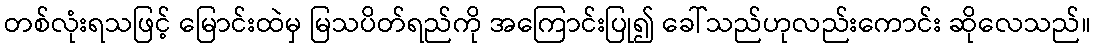
တစ်လုံးရသဖြင့် မြောင်းထဲမှ မြသပိတ်ရည်ကို အကြောင်းပြု၍ ခေါ်သည်ဟုလည်းကောင်း ဆိုလေသည်။